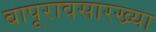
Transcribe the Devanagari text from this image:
बापूरावसारख्या